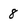
Character: 8